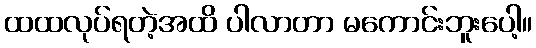
ထထလုပ်ရတဲ့အထိ ပါလာတာ မကောင်းဘူးပေါ့။